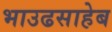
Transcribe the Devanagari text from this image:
भाउढसाहेब